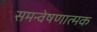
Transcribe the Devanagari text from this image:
समन्वेषणात्मक